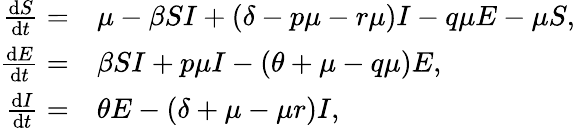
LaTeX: \begin{array}{rl}{\frac{\mathrm{d}S}{\mathrm{d}t}=}&{\mu-\beta SI+(\delta-p\mu-r\mu)I-q\mu E-\mu S,}\\ {\frac{\mathrm{d}E}{\mathrm{d}t}=}&{\beta SI+p\mu I-(\theta+\mu-q\mu)E,}\\ {\frac{\mathrm{d}I}{\mathrm{d}t}=}&{\theta E-(\delta+\mu-\mu r)I,}\end{array}